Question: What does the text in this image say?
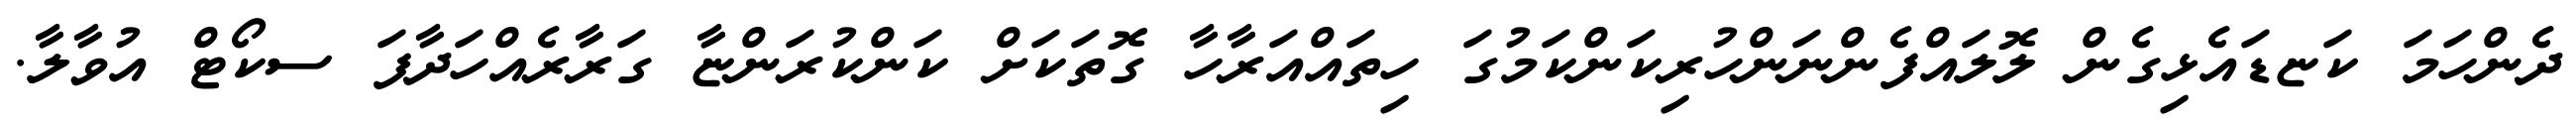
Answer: ދެންހަމަ ކަޏޑައެޅިގެން ލޮލައްފެންނަންހުރިކަންކަމުގަ ހިތައްއަރާހާ ގޮތަކަށް ކަންކުރަންޏާ ގަރާރެއްހަދާފަ ސކޯޓް އުވާލާ.